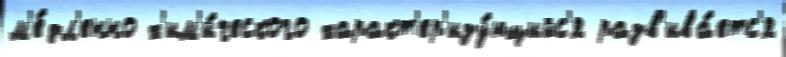
м'е́дл'енно х'им'и́ческого характ'ер'изу́ющийс'я разв'ива́етс'я